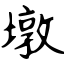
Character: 墩